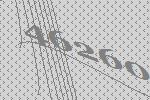
46260